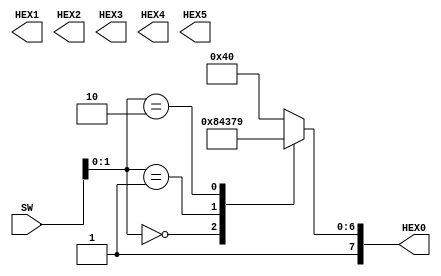

//=======================================================
//  This code is generated by Terasic System Builder
//=======================================================

module SevenSeg_Basic(

	//////////// SEG7 //////////
	output		     [7:0]		HEX0,
	output		     [7:0]		HEX1,
	output		     [7:0]		HEX2,
	output		     [7:0]		HEX3,
	output		     [7:0]		HEX4,
	output		     [7:0]		HEX5,

	//////////// SW //////////
	input 		     [9:0]		SW
);



//=======================================================
//  REG/WIRE declarations
//=======================================================

reg[1:0] c;
reg[7:0] data; 

//=======================================================
//  Structural coding
//=======================================================

always@(*)
begin
	c = SW[1:0];
	case(c)
		0: data=8'b10100001;
		1: data=8'b10000110;
		2: data=8'b11111001;
		default: data=8'b11000000;
	
	endcase
	
end

assign HEX0 = data;

endmodule